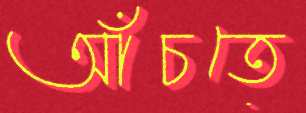
আঁচতে